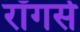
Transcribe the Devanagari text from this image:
रॉगर्स